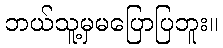
ဘယ်သူ့မှမပြောပြဘူး။